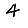
Digit: 4